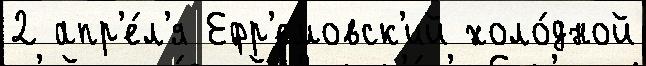
2 апр'е́л'я Ефр'емовск'ий холо́дной